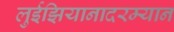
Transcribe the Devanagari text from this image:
लुईझियानादरम्यान